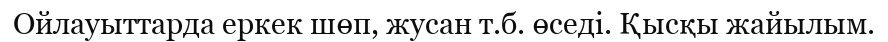
Ойлауыттарда еркек шөп, жусан т.б. өседі. Қысқы жайылым.